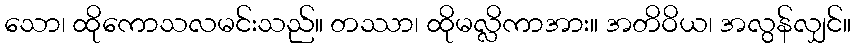
သော၊ ထိုကောသလမင်းသည်။ တဿာ၊ ထိုမလ္လိကာအား။ အတိဝိယ၊ အလွန်လျှင်။